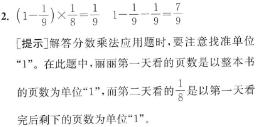
2. $(1 - \frac{1}{9}) \times \frac{1}{8} = \frac{1}{9}$  $1 - \frac{1}{9} - \frac{1}{9} = \frac{7}{9}$

[提示]解答分数乘法应用题时，要注意找准单位“1”。在此题中，丽丽第一天看的页数是以整本书的页数为单位“1”，而第二天看的$\frac{1}{8}$是以第一天看完后剩下的页数为单位“1”。